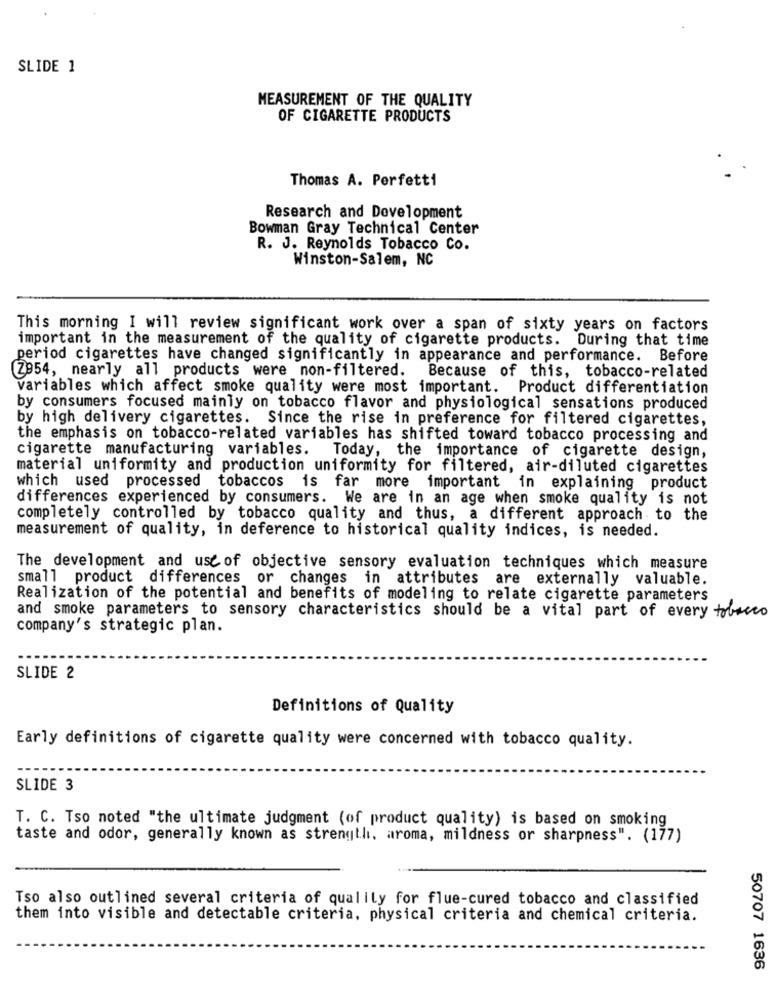
SLIDE 1
MEASUREMENT OF THE QUALITY
OF CIGARETTE PRODUCTS
Thomas A. Perfetti
Research and Development
Bowman Gray Technical Center
R. J. Reynolds Tobacco Co.
Winston-Salem, NC
This morning I will review significant work over a span of sixty years on factors
important in the measurement of the quality of cigarette products. During that time
period cigarettes have changed significantly in appearance and performance. Before
(Z954, nearly all products were non-filtered. Because of this, tobacco-related
variables which affect smoke quality were most important. Product differentiation
by consumers focused mainly on tobacco flavor and physiological sensations produced
by high delivery cigarettes. Since the rise in preference for filtered cigarettes,
the emphasis on tobacco-related variables has shifted toward tobacco processing and
cigarette manufacturing variables. Today, the importance of cigarette design,
material uniformity and production uniformity for filtered, air-diluted cigarettes
which used processed tobaccos is far more important in explaining product
differences experienced by consumers. We are in an age when smoke quality is not
completely controlled by tobacco quality and thus, a different approach to the
measurement of quality, in deference to historical quality indices, is needed.
The development and use of objective sensory evaluation techniques which measure
small product differences or changes in attributes are externally valuable.
Realization of the potential and benefits of modeling to relate cigarette parameters
and smoke parameters to sensory characteristics should be a vital part of every tobacco
company's strategic plan.
SLIDE 2
Definitions of Quality
Early definitions of cigarette quality were concerned with tobacco quality.
SLIDE 3
T. C. Tso noted "the ultimate judgment (of product quality) is based on smoking
taste and odor, generally known as strength. aroma, mildness or sharpness". (177)
Tso also outlined several criteria of qualily for flue-cured tobacco and classified
them into visible and detectable criteria, physical criteria and chemical criteria.
50707 1636